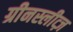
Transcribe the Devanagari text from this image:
ग्रीनस्लीव्ज़